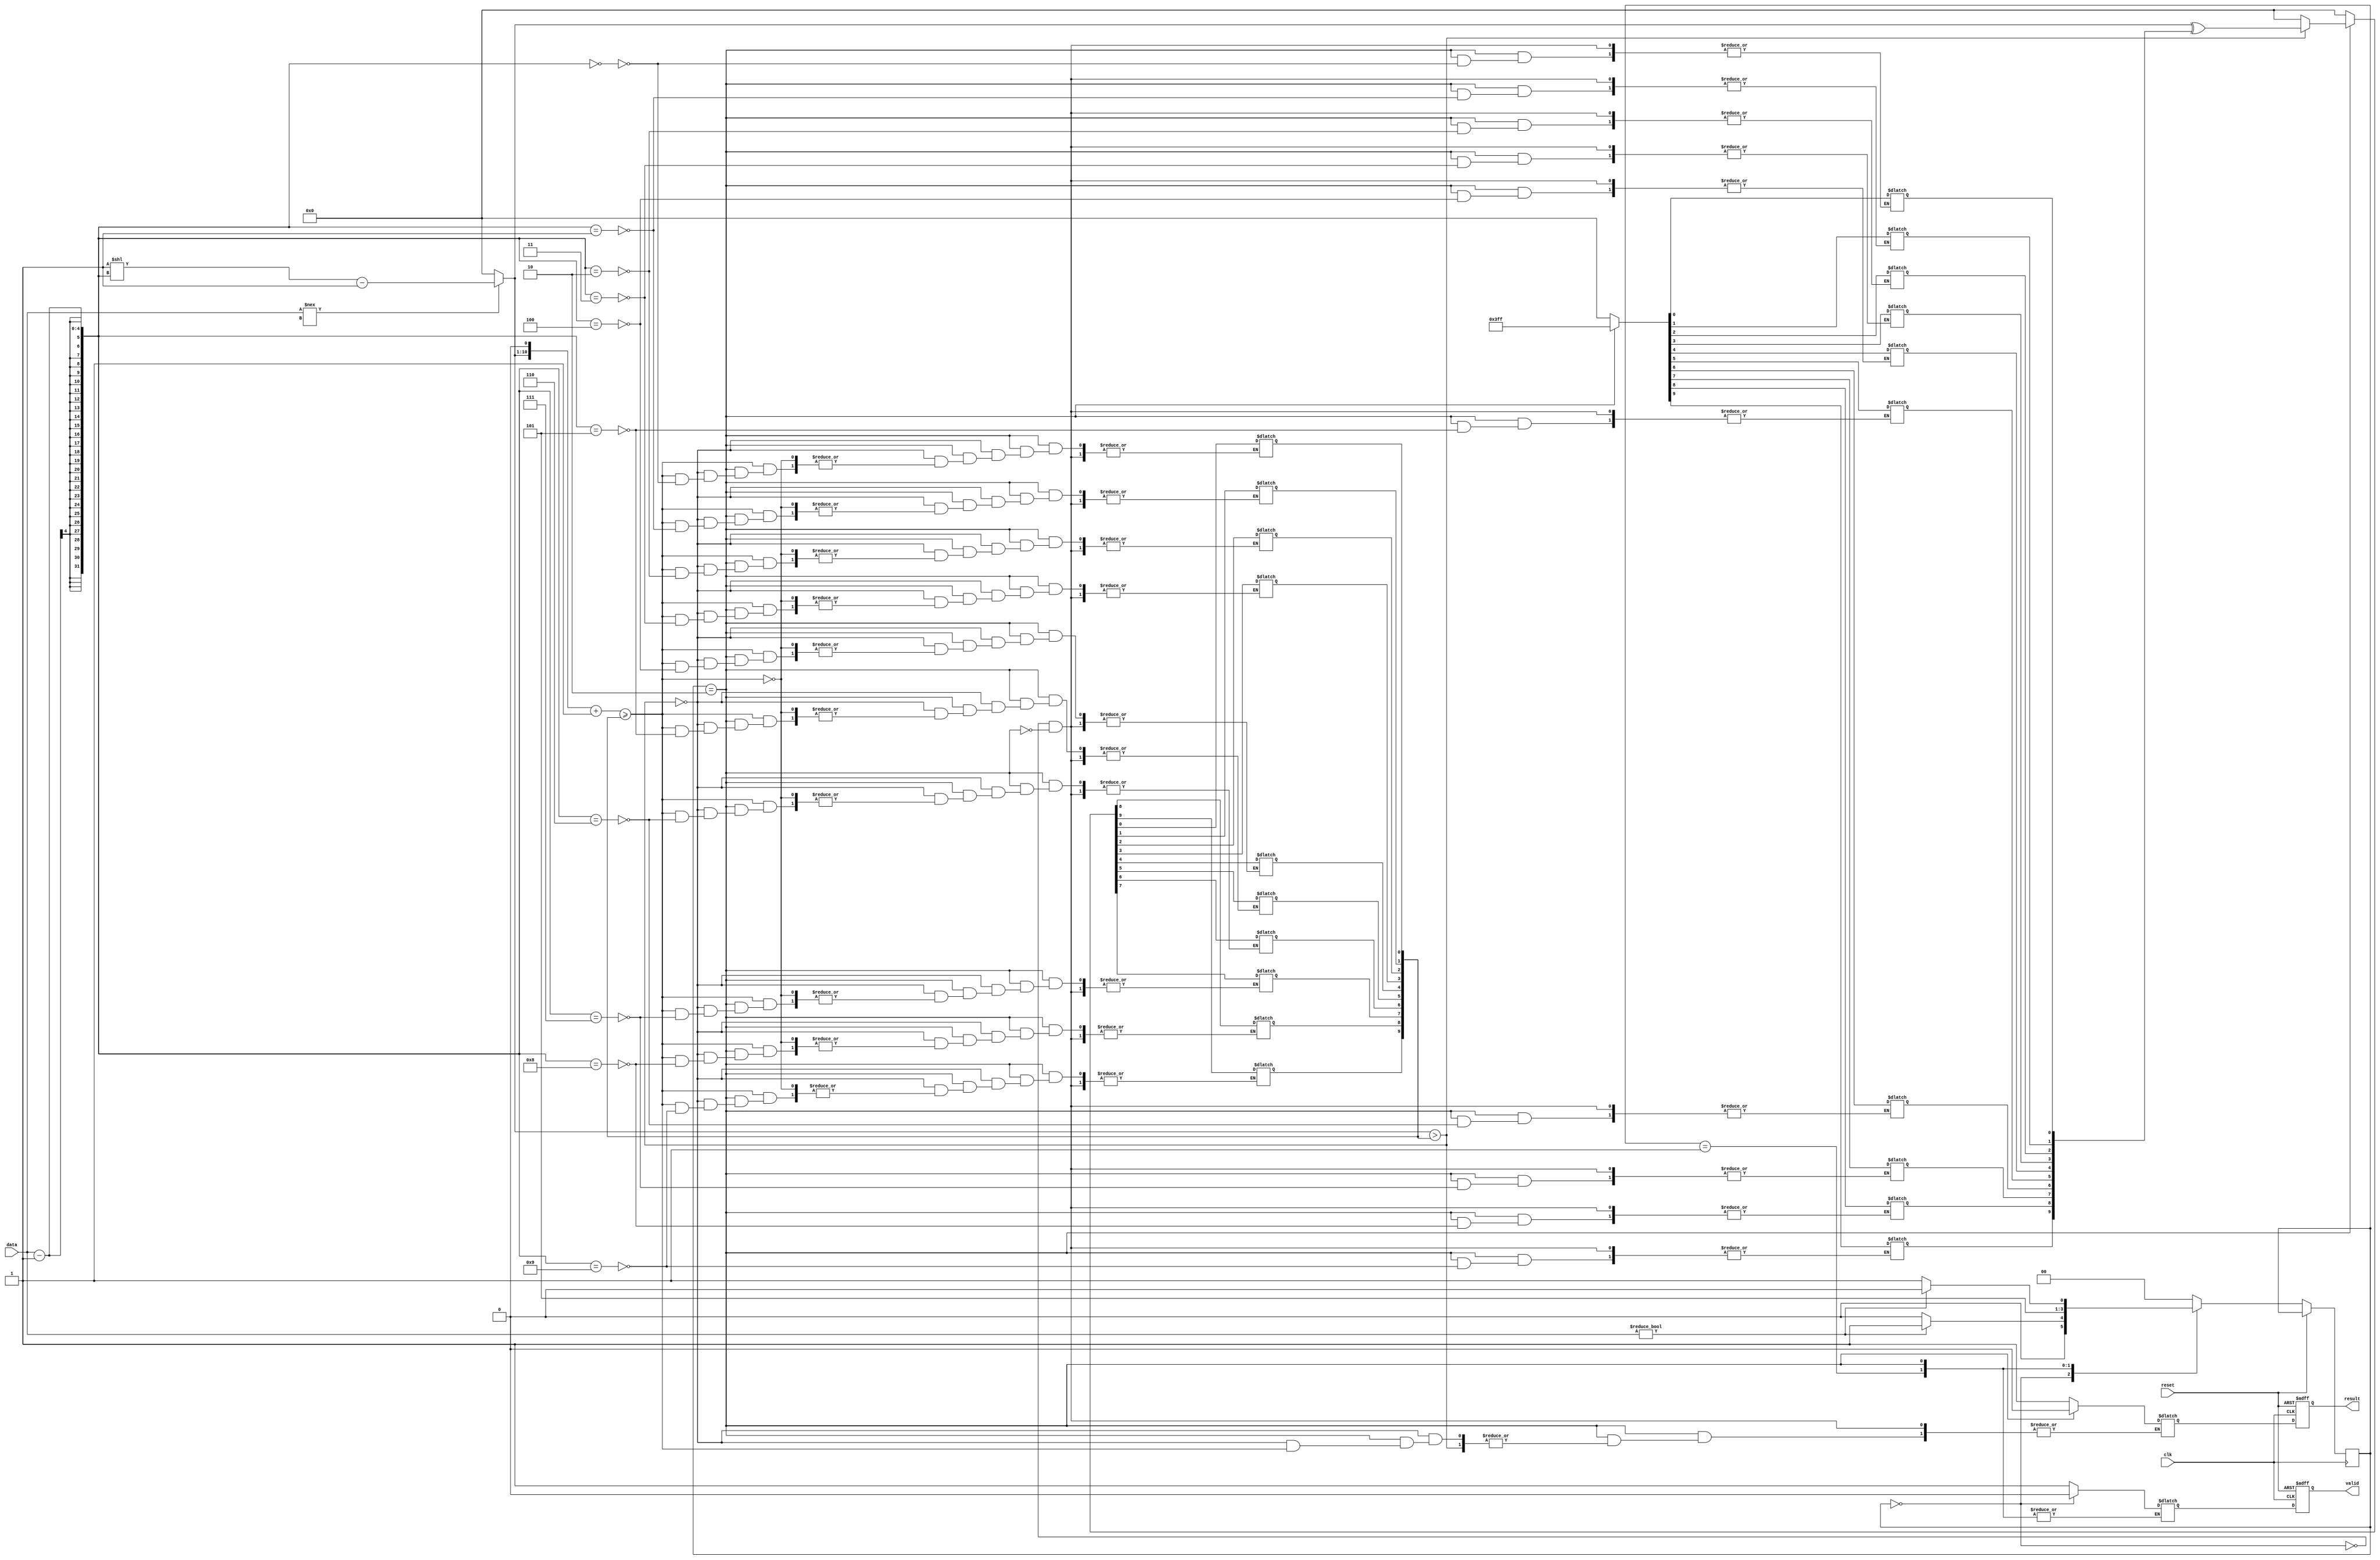
module rails(clk, reset, data, valid, result);

input        clk;
input        reset;
input  [3:0] data;
output reg  valid;
output reg  result; 

reg [9:0] station_order, B_order, temp;
reg [1:0] state_reg, state_next;
localparam [1:0] IDLE=2'b00, FETCH_FIRST=2'b01, FETCH=2'b10, FINISH=2'b11;
reg valid_w, result_w;
wire [9:0]temp_wire;


always@(posedge clk or posedge reset)
begin
    valid <= valid_w;
    result <= result_w;
    if(reset)begin
        valid <= 1'b0;
        result <= 1'b0;
    end 
    else state_reg <= state_next;
end

always@(data or state_reg)
begin
    case (state_reg)
        IDLE:
        begin
            if(data)    state_next = FETCH_FIRST;
            else    state_next = IDLE;
        end
        FETCH_FIRST:
        begin
            state_next = FETCH;
        end
        FETCH:
        begin
            if(data) state_next = FETCH ;
            else state_next = FINISH;
        end
        default:
        begin 
            state_next = IDLE;
        end
    endcase
end

assign temp_wire = (data !== 4'bx)?((10'b1 << (data-1))-1):10'b0 ;

always@(data or state_reg)
begin
    case (state_reg)
        IDLE:
        begin
            result_w = 1'b1;
            valid_w = 1'b0;
            station_order = 10'b0;
			B_order = 10'b0;
        end
        FETCH_FIRST:
        begin

        end
        FETCH:
        begin
            if((temp_wire > station_order))
                station_order = temp_wire ^ B_order;								
            else
                begin
                    if((temp_wire << 1)+1 >= station_order)    station_order[data-1] = 1'b0;
                    else    result_w = 1'b0;                    
                end
            B_order[(data-1)] = 1'b1;
        end
        default:
        begin
            valid_w = 1'b1;
        end
    endcase
end

endmodule